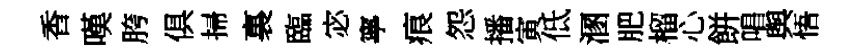
香嘆胯俱掃裏臨宓寧痕怨播寅低溷肥榴心餅唱舆悟